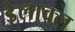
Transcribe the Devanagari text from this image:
डेलावल